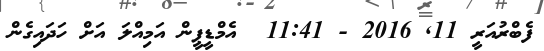
ފެބްރުއަރީ 11